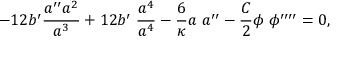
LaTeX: - 1 2 b ^ { \prime } \frac { a ^ { \prime \prime } a ^ { 2 } } { a ^ { 3 } } + 1 2 b ^ { \prime } \; \frac { a ^ { 4 } } { a ^ { 4 } } - \frac { 6 } { \kappa } a \; a ^ { \prime \prime } - \frac { C } { 2 } \phi \; \phi ^ { \prime \prime \prime \prime } = 0 ,